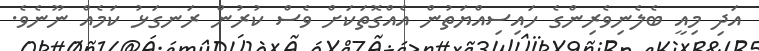
އަދި މިއީ ބެލެނިވެރިންގެ ހައިސިއްޔަތުން އެއްގޮތަކަށް ވެސް ކުރުން ރަނގަޅު ކަމެއް ނޫނެވެ.